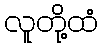
လူတို့ထံ